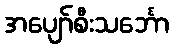
အပျော်စီးသင်္ဘော